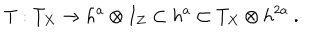
T : T _ { X } \to h ^ { a } \otimes I _ { Z } \subset h ^ { a } \subset T _ { X } \otimes h ^ { 2 a } \ .